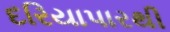
દરિયાપારથી